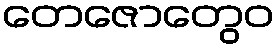
တေဇောတွေဝ